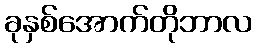
ခုနှစ်အောက်တိုဘာလ